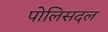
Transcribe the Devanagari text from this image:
पोलिसदल